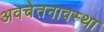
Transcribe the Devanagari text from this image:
अवचेतनावस्था